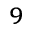
^ 9